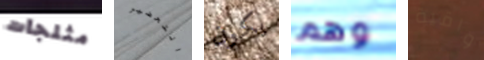
مثلجات التحضير يكون وهم واقية